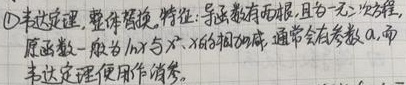
\textcircled{1}韦达定理，整体替换。特征：导数有两玩点，且为一元二次方程，
原函数一般为 \(h(x)\) 与 \(x_1\)、\(x_2\)的相关函数，通常会有参数 \(a\)，而
韦达定理便用作消参。